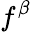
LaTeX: f^{\beta}